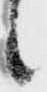
候